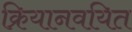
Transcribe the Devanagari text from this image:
क्रियानवयित